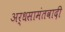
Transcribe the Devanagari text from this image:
अर्धसामंतवादी